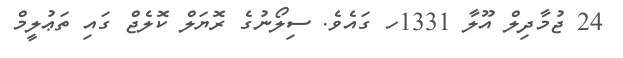
24 ޖުމާދިލް އޫލާ 1331ހ ގައެވެ. ސިލޯނުގެ ރޮޔަލް ކޮލެޖް ގައި ތަޢުލީމް